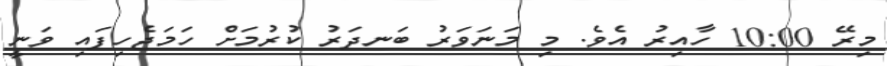
މިރޭ 10:00 ހާއިރު އެވެ. މި މަނަވަރު ބަނދަރު ކުރުމަށް ހަމަޖެހިފައި ވަނީ